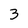
Character: 3